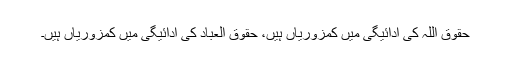
حقوق اللہ کی ادائیگی میں کمزوریاں ہیں، حقوق العباد کی ادائیگی میں کمزوریاں ہیں۔